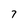
Character: 7